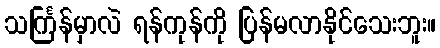
သင်္ကြန်မှာလဲ ရန်ကုန်ကို ပြန်မလာနိုင်သေးဘူး။